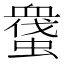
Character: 𧑬